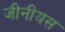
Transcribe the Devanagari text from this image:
जीनीयस